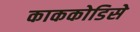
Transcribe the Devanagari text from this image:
काककोडिसे